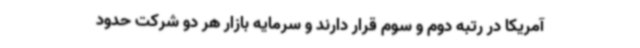
آمریکا در رتبه دوم و سوم قرار دارند و سرمایه بازار هر دو شرکت حدود